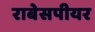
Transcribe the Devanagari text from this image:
राबेसपीयर